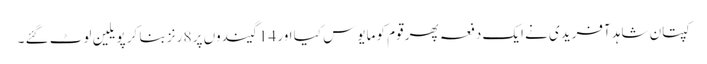
کپتان شاہد آفریدی نے ایک دفعہ پھر قوم کو مایوس کیا اور 14 گیندوں پر 8 رنز بنا کر پویلین لوٹ گئے ۔